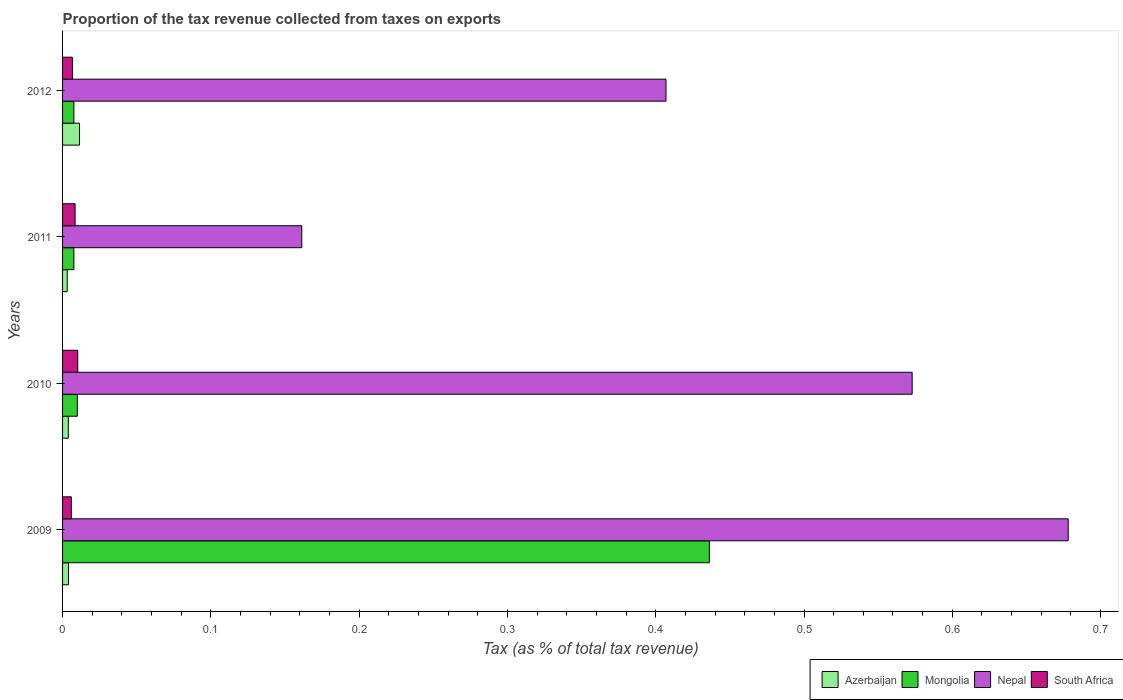
| Years | Azerbaijan | Mongolia | Nepal | South Africa |
 | --- | --- | --- | --- | --- |
 | 2009 | 0.00398 | 0.436 | 0.678 | 0.00588 |
 | 2010 | 0.00387 | 0.00993 | 0.573 | 0.0102 |
 | 2011 | 0.00314 | 0.00762 | 0.161 | 0.00844 |
 | 2012 | 0.0114 | 0.00764 | 0.407 | 0.00666 |